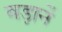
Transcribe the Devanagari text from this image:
बड़ानें